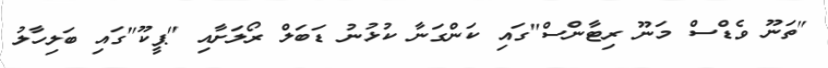
"ތަނޫ ވެޑްސް މަނޫ ރިޓާންސް"ގައި ކަންގަނާ ކުޅުނު ޑަބަލް ރޯލަށާއި "ޕީކޫ"ގައި ބަލިހާލު